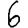
Digit: 6